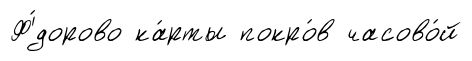
Ф'́дорово ка́рты покро́в часово́й